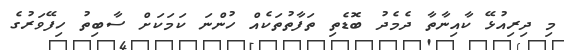
މި ދިރިއުޅޭ ކާއިނާތާ ދެމެދު ބޮޑެތި ތަފާތުތަކެއް ހުންނަ ކަމަކަށް ސާބިތު ހިފޭވަރުގެ